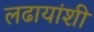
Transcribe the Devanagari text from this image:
लढायांशी